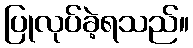
ပြုလုပ်ခဲ့ရသည်။